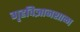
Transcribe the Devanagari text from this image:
गृहविज्ञानशाळा